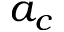
a _ { c }